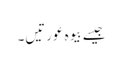
جیسے بیوہ عورتیں۔